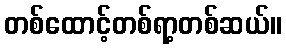
တစ်ထောင့်တစ်ရာ့တစ်ဆယ်။